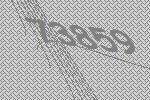
73859